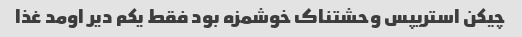
چیکن استریپس وحشتناک خوشمزه بود فقط یکم دیر اومد غذا